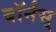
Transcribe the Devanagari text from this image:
बॉर्नस्